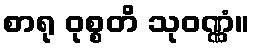
စာရု ဝုစ္စတိ သုဝဏ္ဏံ။